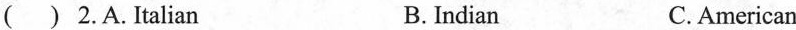
( ) 2.A.Italian B.Indian C. American